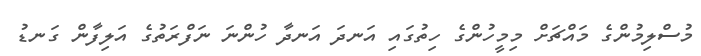
މުސްލިމުންގެ މައްޗަށް މިމީހުންގެ ހިތުގައި އަނދަ އަނދާ ހުންނަ ނަފްރަތުގެ އަލިފާން ގަނޑު